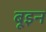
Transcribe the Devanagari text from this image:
बूइन